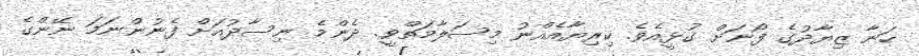
ހަނާ ޒިޔާދުގެ ފޯނަށް ގުޅީއެވެ. ކިރިޔާއެއްނު މިސަލާމަތްވީ. ދެންމެ ނިސާދުއަށް ފެނުންނަމަ ނޭންގެ